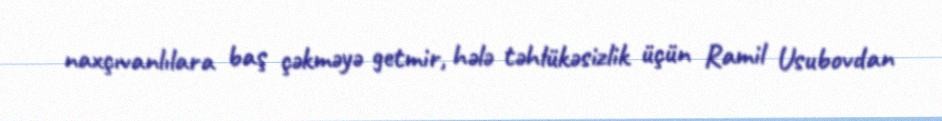
naxçıvanlılara baş çəkməyə getmir, hələ təhlükəsizlik üçün Ramil Usubovdan